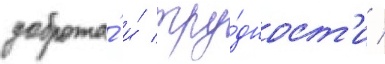
доброта́ и́ тру́дност'и /